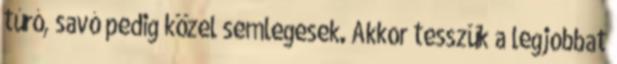
túró, savó pedig közel semlegesek. Akkor tesszük a legjobbat